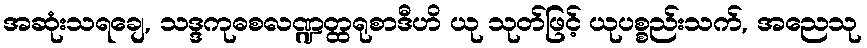
အဆုံးသရချေ, သဒ္ဒကုဓစလဏ္ဍတ္ထရုစာဒီဟိ ယု သုတ်ဖြင့် ယုပစ္စည်းသက်, အညေသု